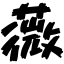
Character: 薇